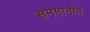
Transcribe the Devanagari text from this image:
सममानीत